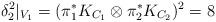
LaTeX: \begin{align*}\delta_2^2 |_{V_1} = (\pi_1^*K_{C_1}\otimes \pi_2^*K_{C_2})^2 =8\end{align*}